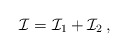
\begin{align*}\mathcal I=\mathcal I_1+\mathcal I_2\,,\end{align*}